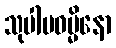
သုပါပဓမ္မိနော